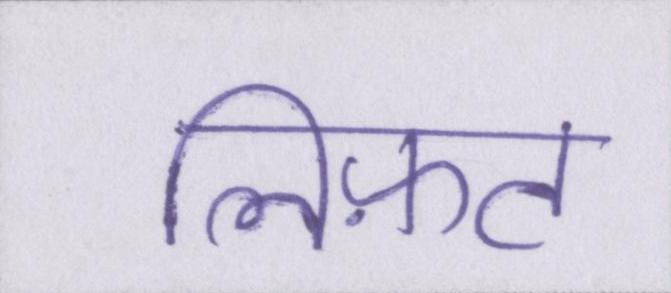
लिफ़्ट